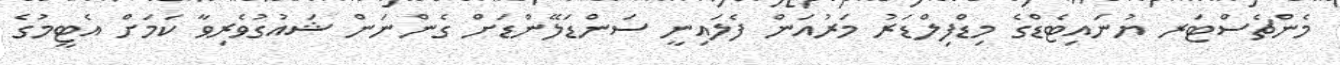
މެންޗެސްޓަރ ޔުނައިޓެޑްގެ މިޑްފިލްޑަރު މަރުއަން ފެލައިނީ ސަންޑަލޭންޑަށް ގެންނަން ޝައުގުވެރިވާ ކަމަށް އެޓީމުގެ